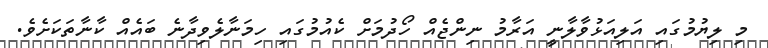
މި ލިޔުމުގައި އަލިއަޅުވާލާނީ އަރާމު ނިންޖެއް ހޯދުމަށް ކެއުމުގައި ހިމަނާލެވިދާނެ ބައެއް ކާނާތަކަށެވެ.